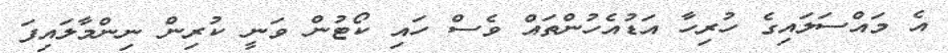
އެ މައްސަލައިގެ ހުރިހާ އަޑުއެހުންތައް ވެސް ހައި ކޯޓުން ވަނީ ކުރިން ނިންމާލައިފަ